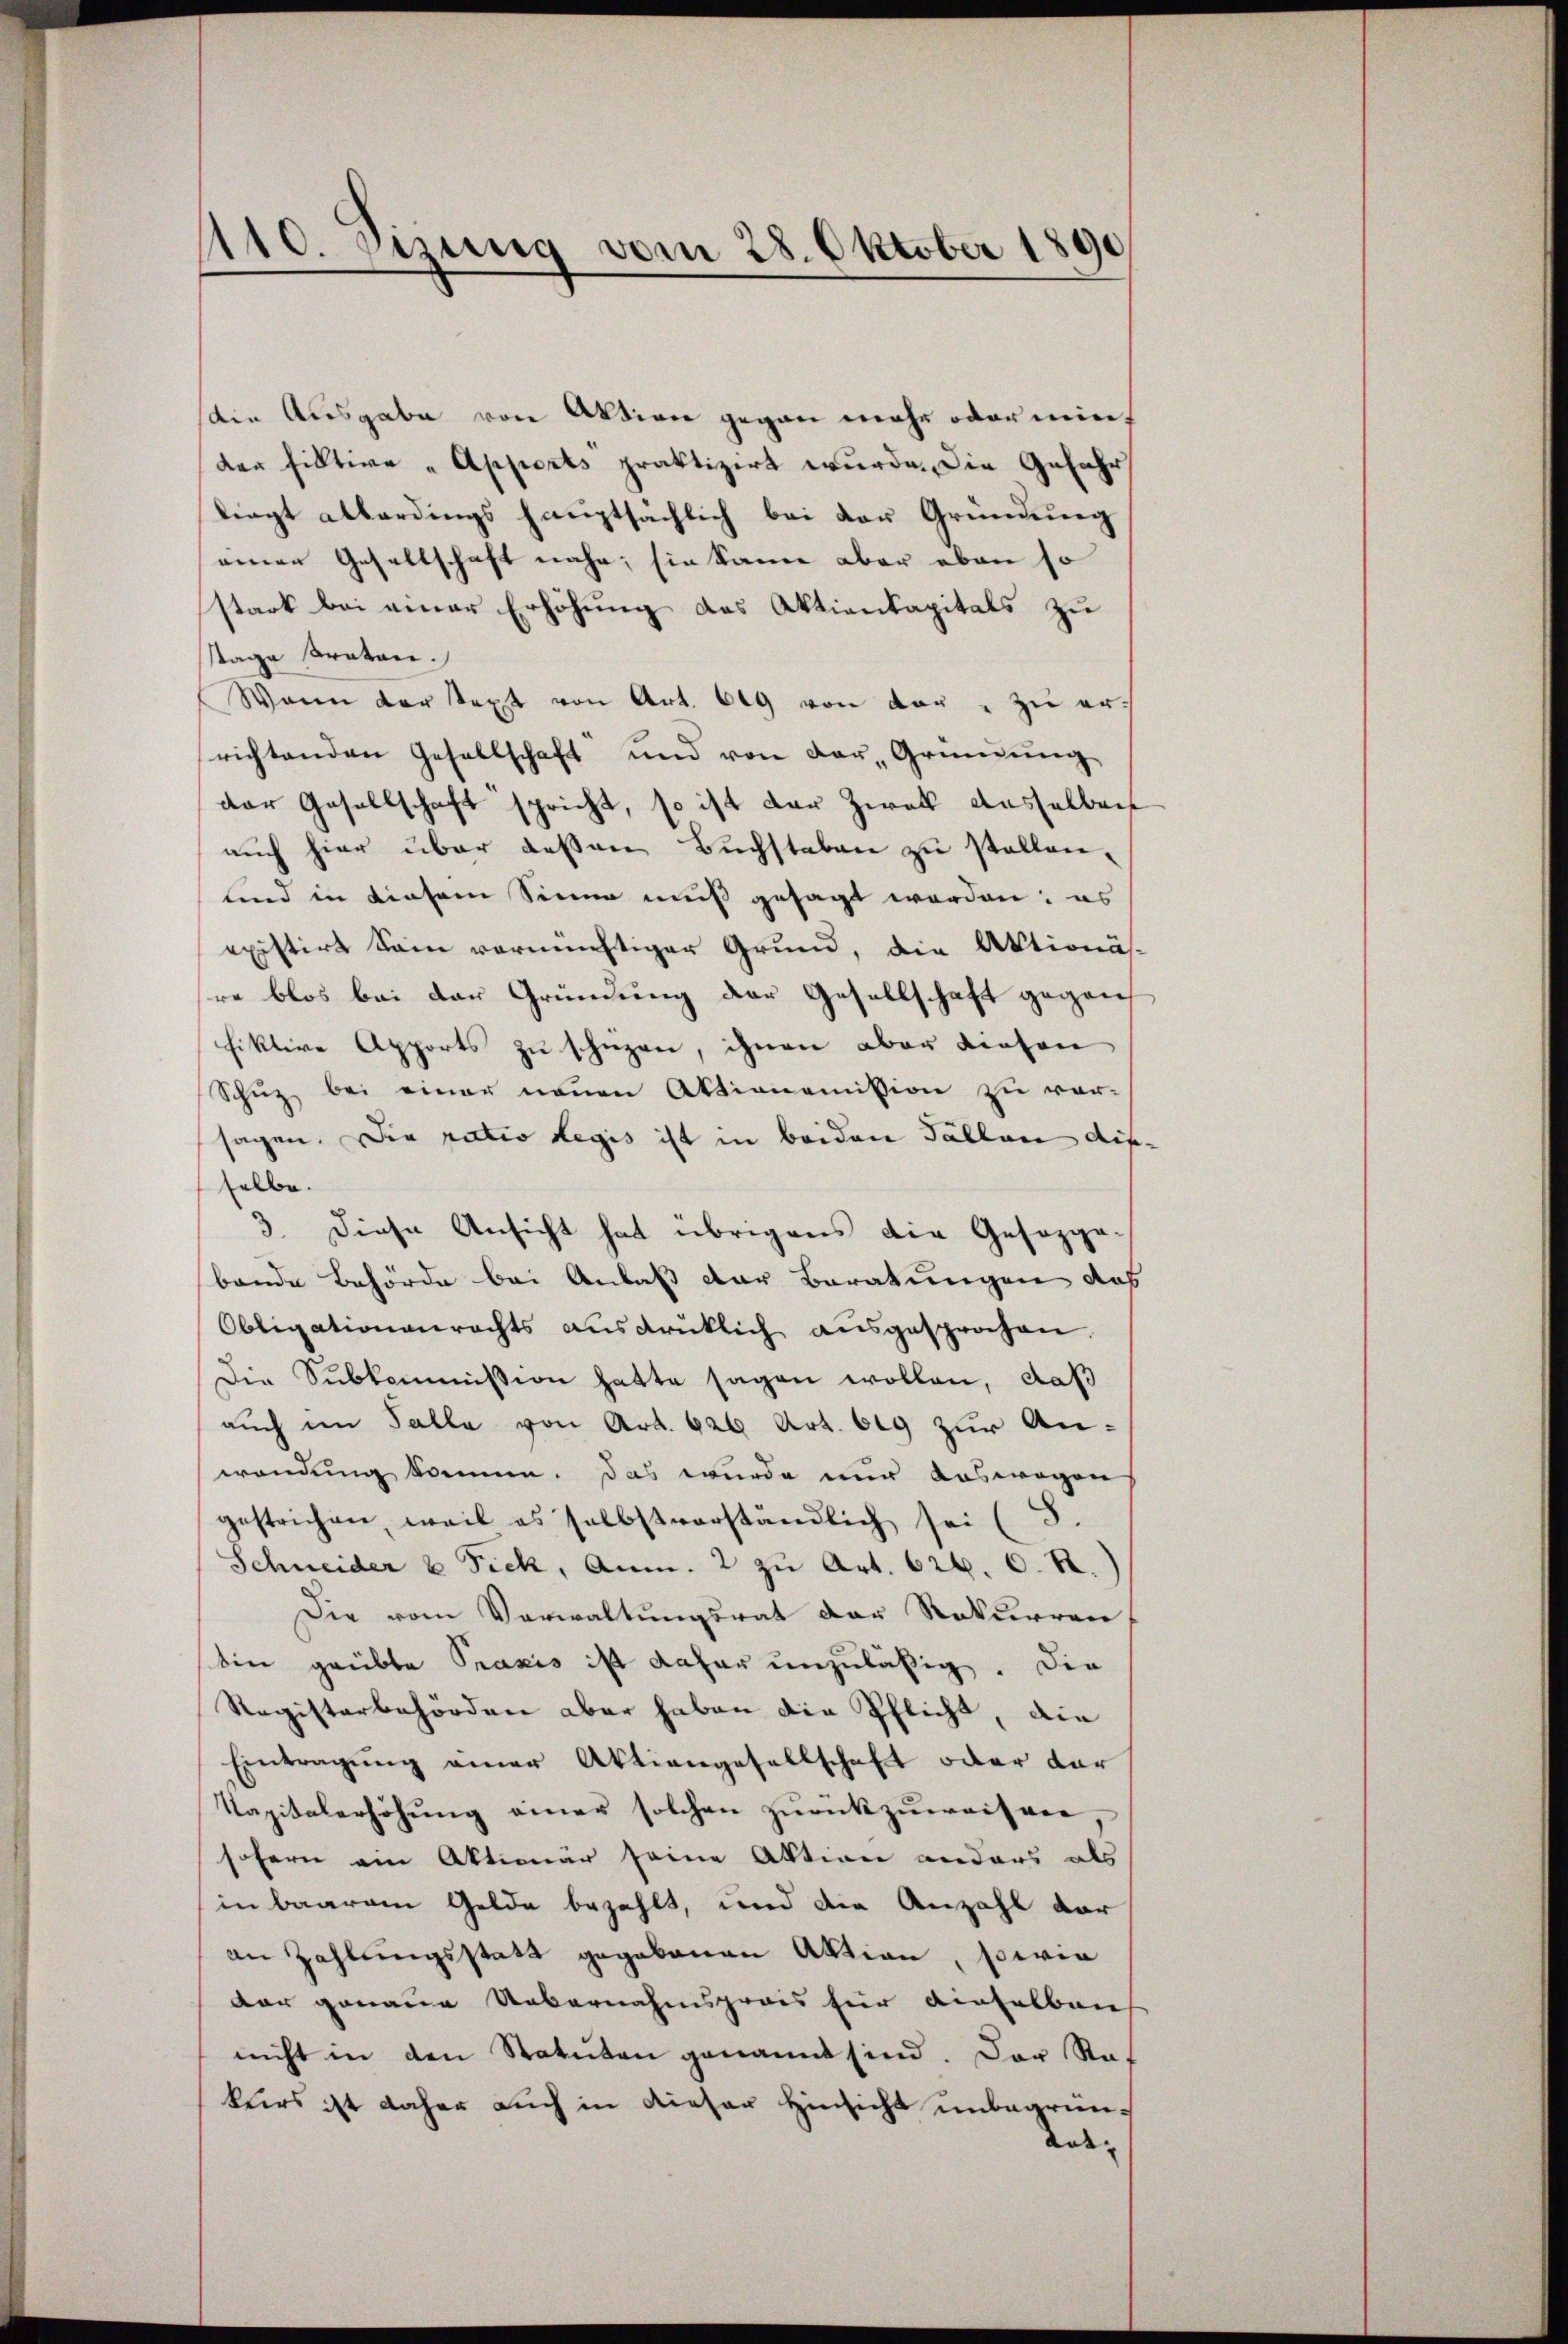
1110. sezung vom 28. Oktober 1890

ain Ausgabe von Aktion gegen mehr oder mit
der Fiktive "Apports praktizirt wurde. Die Gefahr
liegt allerdings hauptsächlich bei der Gründung
einer Gesellschaft nahe, sie kann aber eben so
stark bei einer Erhöhung des Aktienkapitals zu
stage straten.
Wann dar text von Art. 609 von der " zu errichtenden Gesellschaft und von der Gründung
der Gesellschaft spricht, so ist der Zwek dasselbert
auch hier über dessen Buchstaben zu stellen,
sind in diesen Sinne muß gesagt worden: es
existirt sein vornichtiger Grund, die Aktionäs-
re blos bei der Gründung der Gesellschaft gegen
fiktive Apports zu schützen, ihnen aber diesen
Schuz bei einer neuen Aktionemission zu vor-
sagen. Die ratio Legis ist in beiden Fallen dieselbe.
3. Diese Ansicht hat übrigens die Gesezgebande Behörde bei Anlaß der Beratungen das
Obligationenrechts aŭsdrüklich aŭsgesprochen.
Die Subkommission hatte sagen wollen, daß
auch im Talla von Art. 626 Art. 619 zur Anwendung kommen. Das wurde nur deswegen
gestrichen, weil es selbstverständlich sei (S.
Schneider 6 Fick, Anm. 2 zu Art. 626. 6. R.)
Die vom Verwaltungsrat der Rekurren,
bine grübte Praxis ist daher unzuläßig. Die
Registerbehörden aber haben die Pflicht, die
Eintragŭng einer Aktiengesellschaft oder dar
Kapitalerhöhung einer solchen zurückzuweisen,
sofern ein Aktionär seine Aktion anders als
in baarem Gelde bezahlt, und die Anzahl dar
an Zahlungsstatt gegebenen Aktion, sowie
dar genaue Uebernahmspreis für einselben
nicht in den Statuten genannt sind. Der Ref
kurs ist daher auch in dieser Hinsicht unbegrün¬
Aad- |